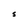
Character: S